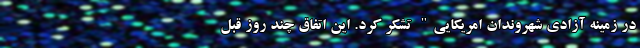
در زمینه آزادی شهروندان امریکایی" تشکر کرد. این اتفاق چند روز قبل